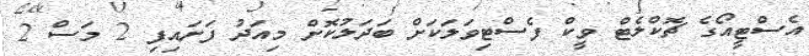
އެސްޓީއޯގެ ޗޮކްލެޓް ވީކް ފެސްޓިވަލަކަށް ބަދަލުކޮށް މިއަދު ފަށައިފި 2 މަސް 2